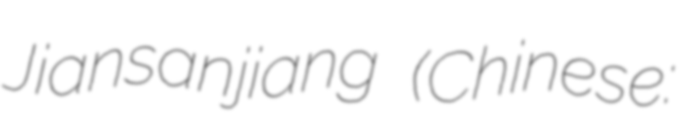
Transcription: Jiansanjiang (Chinese: